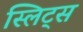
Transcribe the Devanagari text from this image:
स्लिट्स